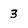
Character: 3